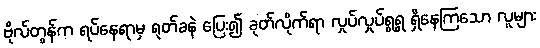
ဗိုလ်တွန်က ရပ်နေရာမှ ရုတ်ခနဲ ပြေး၍ ခုတ်လိုက်ရာ လှုပ်လှုပ်ရွရွ ရှိနေကြသော လူများ